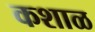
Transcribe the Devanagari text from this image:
कशाळ